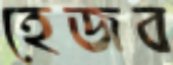
হেজব